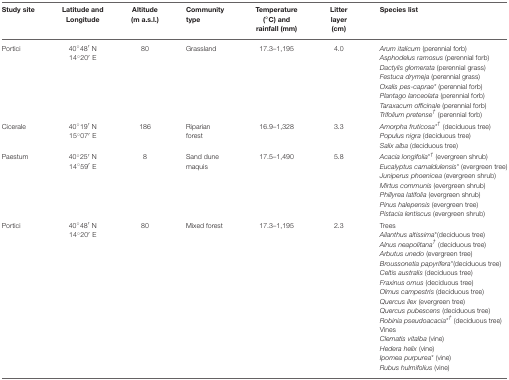
<table><thead><tr><td><b>Study site</b></td><td><b>Latitude and Longitude</b></td><td><b>Altitude (m a.s.l.)</b></td><td><b>Community type</b></td><td><b>Temperature (°C) and rainfall (mm)</b></td><td><b>Litter layer (cm)</b></td><td><b>Species list</b></td></tr></thead><tbody><tr><td>Portici</td><td>40°48′ N 14°20′ E</td><td>80</td><td>Grassland</td><td>17.3–1,195</td><td>4.0</td><td><i>Arum italicum</i> (perennial forb)<i>Asphodelus ramosus</i> (perennial forb)<i>Dactylis glomerata</i> (perennial grass)<i>Festuca drymeja</i> (perennial grass)<i>Oxalis pes-caprae</i><sup>*</sup> (perennial forb)<i>Plantago lanceolata</i> (perennial forb)<i>Taraxacum officinale</i> (perennial forb)<i>Trifolium pretense</i><sup>†</sup> (perennial forb)</td></tr><tr><td>Cicerale</td><td>40°19′ N 15°07′ E</td><td>186</td><td>Riparian forest</td><td>16.9–1,328</td><td>3.3</td><td><i>Amorpha fruticosa</i><sup>*</sup><sup>†</sup> (deciduous tree)<i>Populus nigra</i> (deciduous tree)<i>Salix alba</i> (deciduous tree)</td></tr><tr><td>Paestum</td><td>40°25′ N 14°59′ E</td><td>8</td><td>Sand dune maquis</td><td>17.5–1,490</td><td>5.8</td><td><i>Acacia longifolia</i><sup>*</sup><sup>†</sup> (evergreen shrub)<i>Eucalyptus camaldulensis</i><sup>*</sup> (evergreen tree) <i>Juniperus phoenicea</i> (evergreen shrub)<i>Mirtus communis</i> (evergreen shrub)<i>Phillyrea latifolia</i> (evergreen shrub)<i>Pinus halepensis</i> (evergreen tree)<i>Pistacia lentiscus</i> (evergreen shrub)</td></tr><tr><td>Portici</td><td>40°48′ N 14°20′ E</td><td>80</td><td>Mixed forest</td><td>17.3–1,195</td><td>2.3</td><td>Trees<i>Ailanthus altissima</i><sup>*</sup>(deciduous tree)<i>Alnus neapolitana</i><sup>†</sup> (deciduous tree)<i>Arbutus unedo</i> (evergreen tree)<i>Broussonetia papyrifera</i><sup>*</sup>(deciduous tree)<i>Celtis australis</i> (deciduous tree)<i>Fraxinus ornus</i> (deciduous tree)<i>Olmus campestris</i> (deciduous tree)<i>Quercus ilex</i> (evergreen tree)<i>Quercus pubescens</i> (deciduous tree)<i>Robinia pseudoacacia</i><sup>*</sup> (deciduous tree)Vines<i>Clematis vitalba</i> (vine)<i>Hedera helix</i> (vine)<i>Ipomea purpurea</i><sup>*</sup> (vine)<i>Rubus hulmifolius</i> (vine)</td></tr></tbody></table>